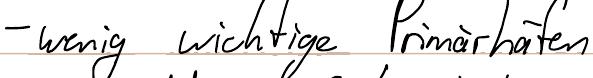
- wenig wichtige Primärhäfen